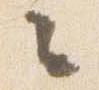
々